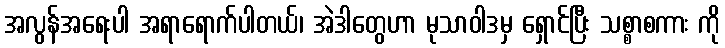
အလွန်အရေးပါ အရာရောက်ပါတယ်၊ အဲဒါတွေဟာ မုသာဝါဒမှ ရှောင်ပြီး သစ္စာစကား ကို